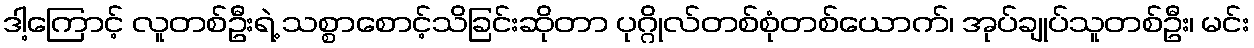
ဒါ့ကြောင့် လူတစ်ဦးရဲ့ သစ္စာစောင့်သိခြင်းဆိုတာ ပုဂ္ဂိုလ်တစ်စုံတစ်ယောက်၊ အုပ်ချုပ်သူတစ်ဦး၊ မင်း